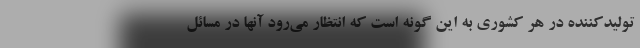
تولیدکننده در هر کشوری به این گونه است که انتظار می‌رود آنها در مسائل